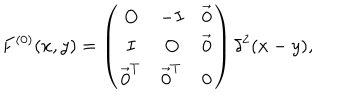
F ^ { ( 0 ) } ( x , y ) = \left( \begin{array} { c c c } { { O } } & { { - I } } & { { \vec { 0 } } } \\ { { I } } & { { O } } & { { \vec { 0 } } } \\ { { \vec { 0 } ^ { T } } } & { { \vec { 0 } ^ { T } } } & { { 0 } } \\ \end{array} \right) \delta ^ { 2 } ( x - y ) ,